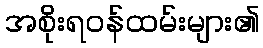
အစိုးရဝန်ထမ်းများ၏